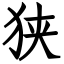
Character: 狭